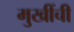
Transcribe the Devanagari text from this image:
मुखींची